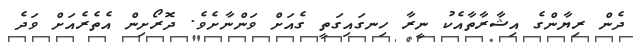
ދެން ރިޔާންގެ އިޝާރާތާއެކު ނީރާ ހިނގައިގަތީ ގެއަށް ވަންނާށެވެ. ދޮރޯށިން އެތެރެއަށް ވަދެ